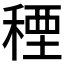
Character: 𮃓